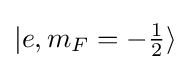
|e,m_{F}=-\textstyle {\frac {1}{2}}\rangle